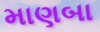
માણબા